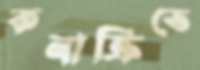
কনাক্রিতে